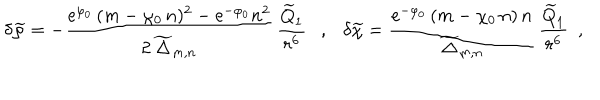
LaTeX: \delta { \widetilde \varphi } = - \frac { \mathrm { e } ^ { \varphi _ { 0 } } \, ( m - \chi _ { 0 } \, n ) ^ { 2 } - \mathrm { e } ^ { - \varphi _ { 0 } } n ^ { 2 } } { 2 \, { \widetilde \Delta } _ { m , n } } \, \frac { { \widetilde Q } _ { 1 } } { r ^ { 6 } } , \delta { \widetilde \chi } = \frac { \mathrm { e } ^ { - \varphi _ { 0 } } \, ( m - \chi _ { 0 } \, n ) \, n } { { \widetilde \Delta } _ { m , n } } \, \frac { { \widetilde Q } _ { 1 } } { r ^ { 6 } } ~ ~ ,